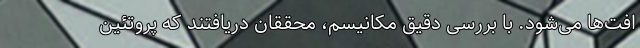
افت‌ها می‌شود. با بررسی دقیق مکانیسم، محققان دریافتند که پروتئین